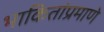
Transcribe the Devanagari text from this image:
भाकितांप्रमाणे